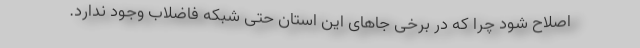
اصلاح شود چرا که در برخی جاهای این استان حتی شبکه فاضلاب وجود ندارد.